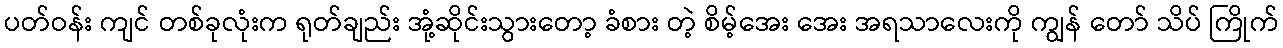
ပတ်ဝန်း ကျင် တစ်ခုလုံးက ရုတ်ချည်း အုံ့ဆိုင်းသွားတော့ ခံစား တဲ့ စိမ့်အေး အေး အရသာလေးကို ကျွန် တော် သိပ် ကြိုက်